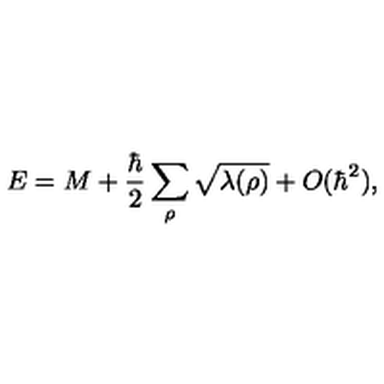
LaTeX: E = M + { \frac { \hbar } { 2 } } \sum _ { \rho } \sqrt { \lambda ( \rho ) } + O ( \hbar ^ { 2 } ) ,